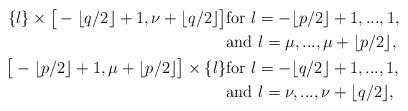
LaTeX: \begin{align*}\{l\}\times\big[-\lfloor q/2\rfloor+1,\nu+\lfloor q/2\rfloor\big]&\hbox{for}\,\, l=-\lfloor p/2\rfloor+1,...,1,\\&\hbox{and}\,\, l=\mu,...,\mu+\lfloor p/2\rfloor,\\\big[-\lfloor p/2\rfloor+1,\mu+\lfloor p/2\rfloor\big]\times\{l\}&\hbox{for}\,\, l=-\lfloor q/2\rfloor+1,...,1,\\&\hbox{and}\,\, l=\nu,...,\nu+\lfloor q/2\rfloor,\\\end{align*}